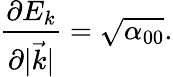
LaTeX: \frac{\partial E_{k}}{\partial|\vec{k}|}=\sqrt{\alpha_{00}}.